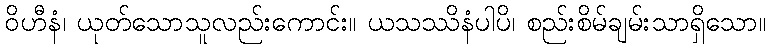
ဝိဟီနံ၊ ယုတ်သောသူလည်းကောင်း။ ယသဿိနံပါပိ၊ စည်းစိမ်ချမ်းသာရှိသော။